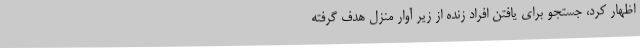
اظهار کرد، جستجو برای یافتن افراد زنده از زیر آوار منزل هدف گرفته